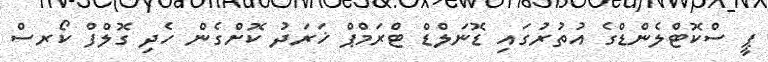
ޕީ ސްކޮޓްލެންޑްގެ އުތުރުގައި ޑޮނަލްޑް ޓްރަމްޕް ޚަރަދު ކޮށްގެން ހެދި ގޮލްފް ކޯރސް